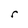
Character: r